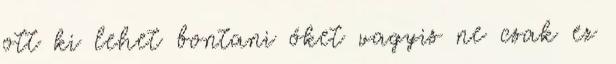
ott ki lehet bontani őket vagyis ne csak ez